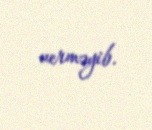
verməyib.